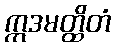
ဣဒမတ္ထိတံ